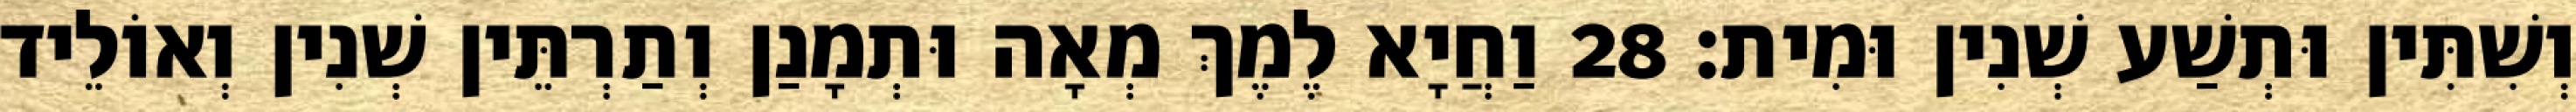
וְשִׁתִּין וּתְשַׁע שְׁנִין וּמִית׃ 28 וַחֲיָא לֶמֶךְ מְאָה וּתְמָנַן וְתַרְתֵּין שְׁנִין וְאוֹלֵיד